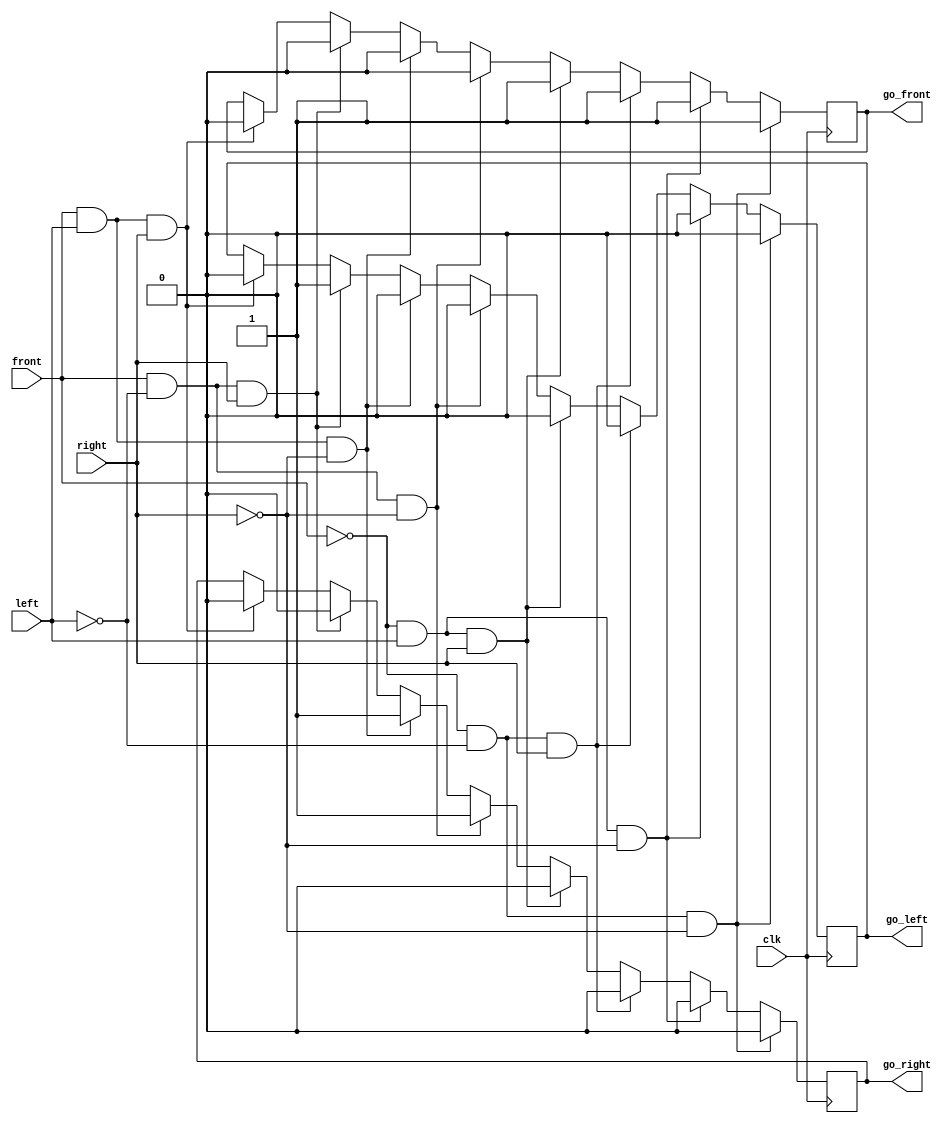
`timescale 1ns / 1ps

module car1(clk,front,left,right,go_front,go_left,go_right);
    input clk,front,left,right;
    output reg go_front,go_left,go_right;
    
    initial begin
    go_front=0;
    go_left=0;
    go_right=0;
    end
    
    always @(posedge clk)
    begin
        if((front==0) && (left==0) && (right==0))
        begin
            go_front=1;
            go_left=0;
            go_right=0;
        end
        else if((front==0) && (left==1) && (right==0))
        begin
            go_front=1;
            go_left=0;
            go_right=0;
        end
        else if((front==0) && (left==0) && (right==1))
        begin
            go_front=1;
            go_left=0;
            go_right=0;
        end
        else if((front==0) && (left==1) && (right==1))
        begin
            go_front=1;
            go_left=0;
            go_right=0;
        end
        else if((front==1) && (left==0) && (right==0))
        begin
            go_front=0;
            go_left=0;
            go_right=1;
        end
        else if((front==1) && (left==1) && (right==0))
        begin
            go_front=0;
            go_left=0;
            go_right=1;
        end
        else if((front==1) && (left==0) && (right==1))
        begin
            go_front=0;
            go_left=1;
            go_right=0;
        end
        else if((front==1) && (left==1) && (right==1))
        begin
            go_front=0;
            go_left=0;
            go_right=0;
        end
    end
endmodule